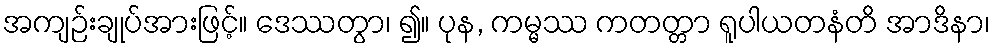
အကျဉ်းချုပ်အားဖြင့်။ ဒေဿတွာ၊ ၍။ ပုန, ကမ္မဿ ကတတ္တာ ရူပါယတနံတိ အာဒိနာ၊